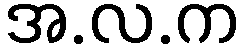
အ.လ.က